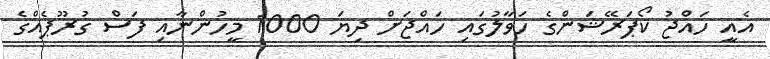
އެއީ ހައްޖު ކޯޕަރޭޝަންގެ ހަވާލުގައި ހަައްޖަށް ދިޔަ 1000 މީހުންނާއި ފަސް ގުރޫޕެއްގެ